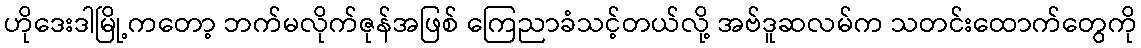
ဟိုဒေးဒါမြို့ကတော့ ဘက်မလိုက်ဇုန်အဖြစ် ကြေညာခံသင့်တယ်လို့ အဗ်ဒူဆလမ်က သတင်းထောက်တွေကို